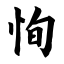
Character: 恂